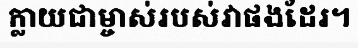
ក្លាយជាម្ចាស់របស់វាផងដែរ។